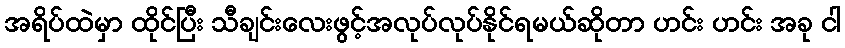
အရိပ်ထဲမှာ ထိုင်ပြီး သီချင်းလေးဖွင့်အလုပ်လုပ်နိုင်ရမယ်ဆိုတာ ဟင်း ဟင်း အခု ငါ